Annual report of the Imperial Bacteriologist
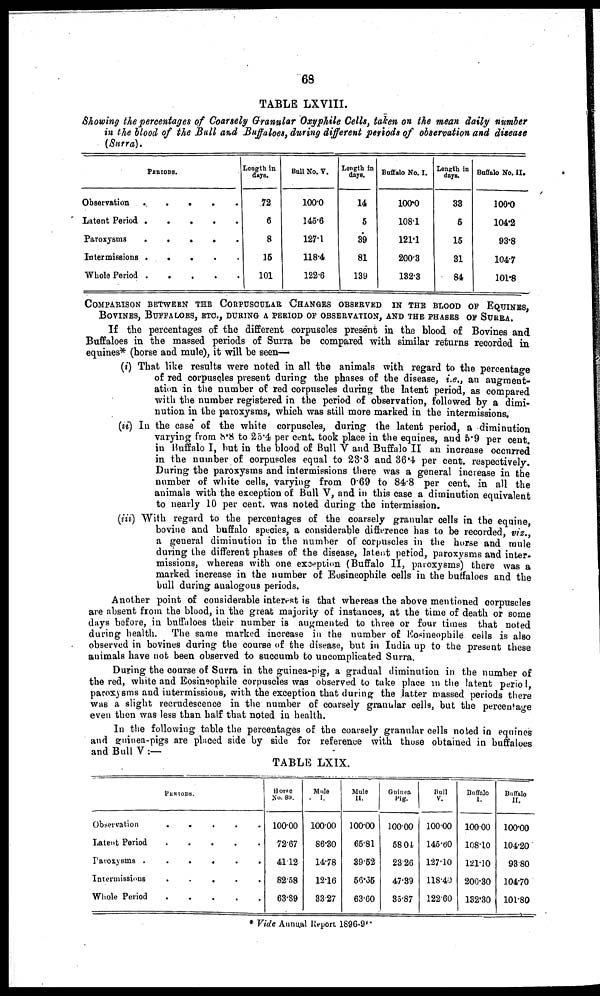
68
TABLE LXVIII.
Showing the percentages of Coarsely Granular Oxyphile Cells, taken on the mean daily number
in the blood of the Bull and Buffaloes, during different periods of observation and disease
(Surra).
PERIODS.
Observation
Latent Period
Paroxysms
Intermissions
Whole Period
.
.
.
.
.
.
.
.
.
.
.
.
.
.
.
.
.
.
.
.
Length in
days.
72
6
8
15
101
Bull No. V.
100.0
145.6
127.1
118.4
122.6
Length in
days.
14
5
39
81
139
Buffalo No. I.
100.0
108.1
121.1
200.3
132.3
Length in
days.
33
5
15
31
84
Buffalo No. II.
100.0
104.2
93.8
104.7
101.8
COMPARISON BETWEEN THE CORPUSCULAR CHANGES OBSERVED IN THE BLOOD OF EQUINES,
BOVINES, BUFFALOES, ETC., DURING A PERIOD OF OBSERVATION, AND THE PHASES OF SURRA.
If the percentages of the different corpuscles present in the blood of Bovines and
Buffaloes in the massed periods of Surra be compared with similar returns recorded in
equines* (horse and mule), it will be seen—
(i) That like results were noted in all the animals with regard to the percentage
of red corpuscles present during the phases of the disease, i.e., an augment-
ation in the number of red corpuscles during the latent period, as compared
with the number registered in the period of observation, followed by a dimi-
nution in the paroxysms, which was still more marked in the intermissions.
(ii) In the case of the white corpuscles, during the latent period, a diminution
varying from 8.8 to 25.4 per cent. took place in the equines, and 5.9 per cent.
in Buffalo I, but in the blood of Bull V and Buffalo II an increase occurred
in the number of corpuscles equal to 23.3 and 36.4 per cent. respectively.
During the paroxysms and intermissions there was a general increase in the
number of white cells, varying from 0.69 to 84.8 per cent. in all the
animals with the exception of Bull V, and in this case a diminution equivalent
to nearly 10 per cent. was noted during the intermission.
(iii) With regard to the percentages of the coarsely granular cells in the equine,
bovine and buffalo species, a considerable difference has to be recorded, viz.,
a general diminution in the number of corpuscles in the horse and mule
during the different phases of the disease, latent period, paroxysms and inter¬
missions, whereas with one exception (Buffalo II, paroxysms) there was a
marked increase in the number of Eosineophile cells in the buffaloes and the
bull during analogous periods.
Another point of considerable interest is that whereas the above mentioned corpuscles
are absent from the blood, in the great majority of instances, at the time of death or some
days before, in buffaloes their number is augmented to three or four times that noted
during health. The same marked increase in the number of Eosineophile cells is also
observed in bovines during the course of the disease, but in India up to the present these
animals have not been observed to succumb to uncomplicated Surra.
During the course of Surra in the guinea-pig, a gradual diminution in the number of
the red, white and Eosineophile corpuscles was observed to take place in the latent period,
paroxysms and intermissions, with the exception that during the latter massed periods there
was a slight recrudescence in the number of coarsely granular cells, but the percentage
even then was less than half that noted in health.
In the following table the percentages of the coarsely granular cells noted in equines
and guinea-pigs are placed side by side for reference with those obtained in buffaloes
and Bull V :—
TABLE LXIX.
PERIODS.
Observation
Latent Period
Paroxysms.
Intermissions
Whole Period
.
.
.
.
.
.
.
.
.
.
.
.
.
.
.
.
.
.
.
.
.
.
.
.
.
Horse
No. 89.
100.00
72.67
41.12
82.58
63.89
Mule
I.
100.00
86.30
14.78
12.16
33.27
Mule
II.
100.00
65.81
39.52
56.35
63.60
Guinea
Pig.
100.00
58.04
23.26
47.39
35.87
Bull
V.
100.00
145.60
127.10
118.40
122.60
Buffalo
I.
100.00
108.10
121.10
200.30
132.30
Buffalo
II.
100.00
104.20
93.80
104.70
101.80
* Vide Annual Report 1896-97.